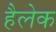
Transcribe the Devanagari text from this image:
हैलेक